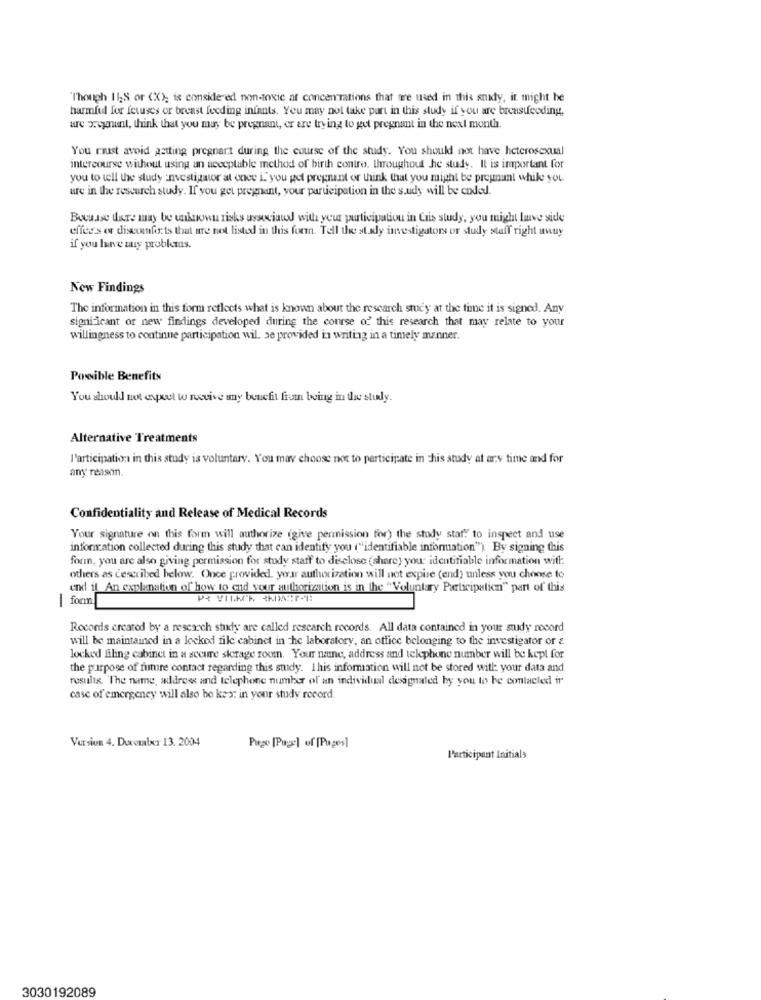
"Though 11;S or (X); is considered non-toxic at concentrations that are used in this snily, it might be
harmful for fetuses or breast feeding infants. You may not take part in this study if you are breastfeeding.
are pregnant, think that you may be pregnant, er are trying to get pregnant in the next month.
You riust avoid getting pregnant during the course of the study. You should not have heterosexual
intercourse without using an acceptable method of birth contro. throughout he study. Il is important for
you to tell the study investigator at once i. you get pregnant or think that you might be pregnant while you.
ure in the research study. If you get pregnant, your participation in the s.udy will be ended.
Bocuse ture may be unknown risks uswciund with your participation in Cris study, you might have side
effets or discomforts that are not listed in this form. Tell the stady investigators or study staff right away
if you have uuy probkaas.
New Findings
The information in this form reflects what is known about the research study at the time it is signed. Any
significant or new findings developed during the course of' this research that may relate to your
willingness to continue participation wil. se provided in writing in a timely manner.
Possible Benefits
You should not avpet to receive any benefit from being in the study.
Alternative Treatments
l'articipation in this study is voluntary. You may choose not to participate in This study at any time and for
any reason.
Confidentiality and Release of Medical Records
Your signature on this form will authorize (give permission for) the study staf! to inspect and use
infomcation collected during this study that can identify you ("identifiable information"). By signing this
forn, you are also giving permission for study staff to disclose (share) you identifiable information with:
others as described below. Once provided. your authorization will not expire (end) unless you choose to
end il An explanation of how to end your authorization is in the "Voluntary Participation" part of this
form
-
Records created by a research study are called research records. All data contained in your study nocord
will be maintained in a locked file cabinet in the laboratory, an office belonging to the investigator or &
locked filing cabinet in a secure storage room. Your name, address and telephone number will be kept for
the purpose of fumre contact regarding this study. I his information will not be stored with: your data and
resulta. "The name, address and telephone number of an individual designated by you to be contacted ir
case of emergency will also be kes: in your study record.
Version 4. Ducouxr 13. 2004
Page [Page] of [Pages]
Participant Initials
3030192089